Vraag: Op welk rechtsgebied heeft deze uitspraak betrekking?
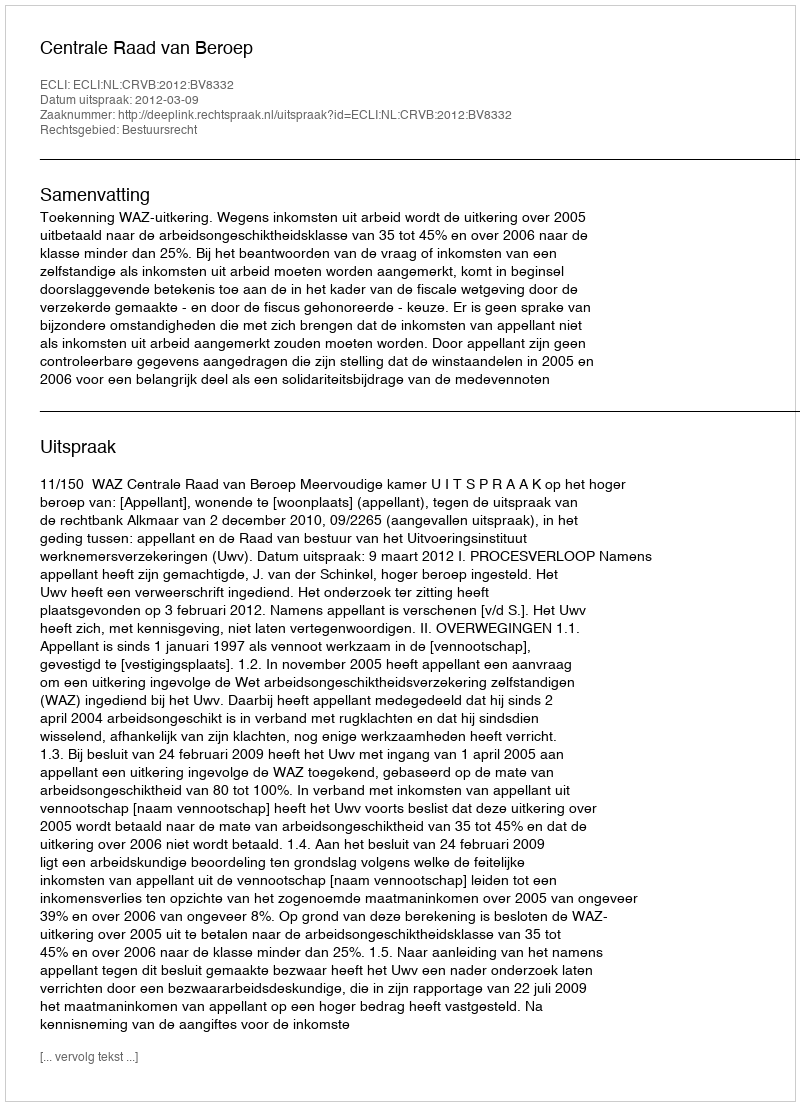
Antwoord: Bestuursrecht